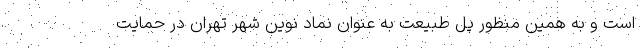
است و به همین منظور پل طبیعت به عنوان نماد نوین شهر تهران در حمایت